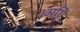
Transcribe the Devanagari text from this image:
।अग्नि